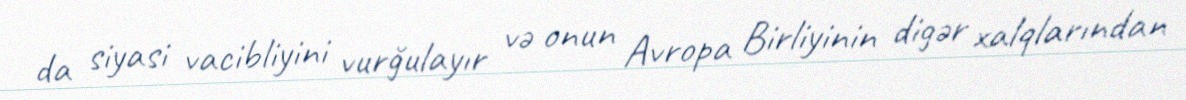
da siyasi vacibliyini vurğulayır və onun Avropa Birliyinin digər xalqlarından